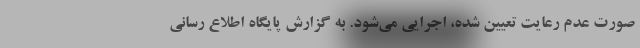
صورت عدم رعایت تعیین شده، اجرایی می‌شود. به گزارش پایگاه اطلاع رسانی